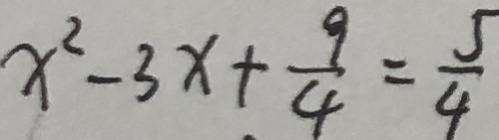
x ^ { 2 } - 3 x + \frac { 9 } { 4 } = \frac { 5 } { 4 }